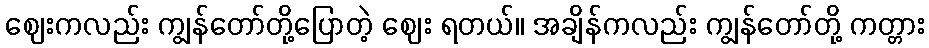
ဈေးကလည်း ကျွန်တော်တို့ပြောတဲ့ ဈေး ရတယ်။ အချိန်ကလည်း ကျွန်တော်တို့ ကတ္တား